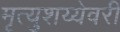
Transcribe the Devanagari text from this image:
मृत्युशय्येवरी